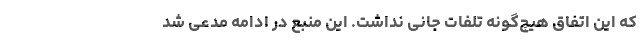
که این اتفاق هیچ‌گونه تلفات جانی نداشت. این منبع در ادامه مدعی شد